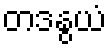
တဒနွယံ